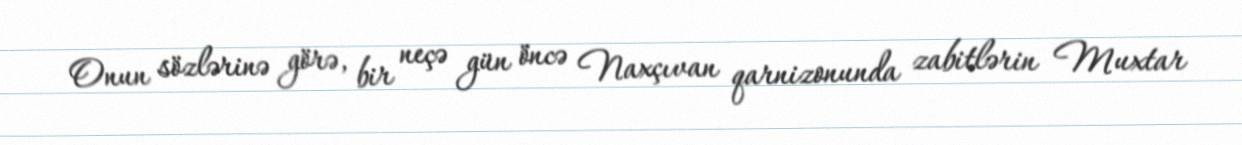
Onun sözlərinə görə, bir neçə gün öncə Naxçıvan qarnizonunda zabitlərin Muxtar